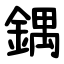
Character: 鍝